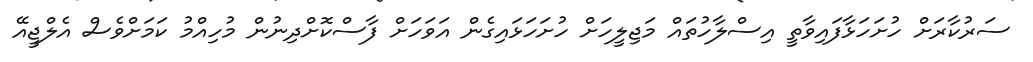
ސަރުކާރަށް ހުށަހަޅާފައިވާތީ އިސްލާހުތައް މަޖިލީހަށް ހުށަހަޅައިގެން އަވަހަށް ފާސްކޮށްދިނުން މުހިއްމު ކަމަށްވެސް އެލްޖީއޭ